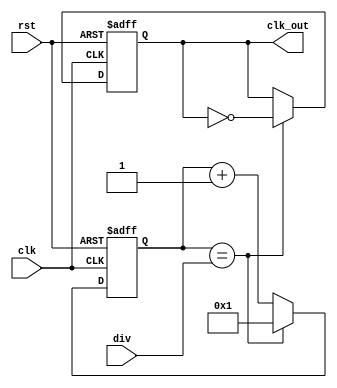
`timescale 1ns / 1ps
//////////////////////////////////////////////////////////////////////////////////
// Company: 
// Engineer: 
// 
// Design Name: 
// Module Name: Divider
// Project Name: 
// Target Devices: 
// Tool Versions: 
// Description: 
// 
// Dependencies: 
// 
// Revision:
// Revision 0.01 - File Created
// Additional Comments:
// 
//////////////////////////////////////////////////////////////////////////////////


module Divider(clk, rst, div, clk_out);
input clk, rst;
input [26:0]div;
output reg clk_out;

reg [26:0]cnt;

always @(posedge clk or negedge rst)
    if (~rst)
        cnt <= 1;
    else if (cnt == div)
        cnt <= 1;
    else
        cnt <= cnt + 1;
       
always @(posedge clk or negedge rst)
    if (~rst)
        clk_out <= 0;
    else if (cnt == div)
        clk_out <= ~clk_out;
    else
        clk_out <= clk_out;       

endmodule